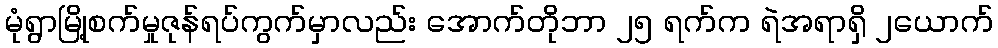
မုံရွာမြို့စက်မှုဇုန်ရပ်ကွက်မှာလည်း အောက်တိုဘာ ၂၅ ရက်က ရဲအရာရှိ ၂ယောက်